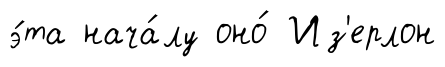
э́та нача́лу оно́ Из'ерлон